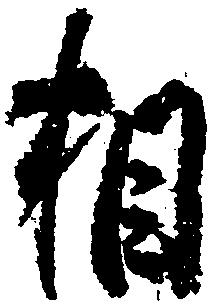
相